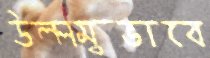
উল্লম্বভাবে